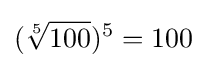
({\sqrt[{5}]{100}})^{5}=100